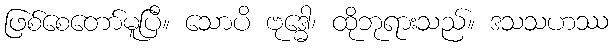
ဖြစ်စေတော်မူပြီ။ သောပိ ဗုဒ္ဓေါ၊ ထိုဘုရားသည်။ ဒသသဟဿ